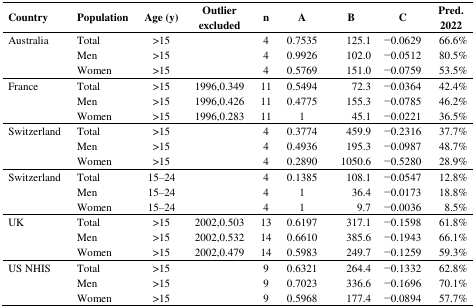
<table><thead><tr><td><b>Country</b></td><td><b>Population</b></td><td><b>Age (y)</b></td><td><b>Outlier excluded</b></td><td><b>n</b></td><td><b>A</b></td><td><b>B</b></td><td><b>C</b></td><td><b>Pred. 2022</b></td></tr></thead><tbody><tr><td rowspan="3">Australia</td><td>Total</td><td>&gt;15</td><td></td><td>4</td><td>0.7535</td><td>125.1</td><td>−0.0629</td><td>66.6%</td></tr><tr><td>Men</td><td>&gt;15</td><td></td><td>4</td><td>0.9926</td><td>102.0</td><td>−0.0512</td><td>80.5%</td></tr><tr><td>Women</td><td>&gt;15</td><td></td><td>4</td><td>0.5769</td><td>151.0</td><td>−0.0759</td><td>53.5%</td></tr><tr><td rowspan="3">France</td><td>Total</td><td>&gt;15</td><td>1996,0.349</td><td>11</td><td>0.5494</td><td>72.3</td><td>−0.0364</td><td>42.4%</td></tr><tr><td>Men</td><td>&gt;15</td><td>1996,0.426</td><td>11</td><td>0.4775</td><td>155.3</td><td>−0.0785</td><td>46.2%</td></tr><tr><td>Women</td><td>&gt;15</td><td>1996,0.283</td><td>11</td><td>1</td><td>45.1</td><td>−0.0221</td><td>36.5%</td></tr><tr><td rowspan="3">Switzerland</td><td>Total</td><td>&gt;15</td><td></td><td>4</td><td>0.3774</td><td>459.9</td><td>−0.2316</td><td>37.7%</td></tr><tr><td>Men</td><td>&gt;15</td><td></td><td>4</td><td>0.4936</td><td>195.3</td><td>−0.0987</td><td>48.7%</td></tr><tr><td>Women</td><td>&gt;15</td><td></td><td>4</td><td>0.2890</td><td>1050.6</td><td>−0.5280</td><td>28.9%</td></tr><tr><td rowspan="3">Switzerland</td><td>Total</td><td>15–24</td><td></td><td>4</td><td>0.1385</td><td>108.1</td><td>−0.0547</td><td>12.8%</td></tr><tr><td>Men</td><td>15–24</td><td></td><td>4</td><td>1</td><td>36.4</td><td>−0.0173</td><td>18.8%</td></tr><tr><td>Women</td><td>15–24</td><td></td><td>4</td><td>1</td><td>9.7</td><td>−0.0036</td><td>8.5%</td></tr><tr><td rowspan="3">UK</td><td>Total</td><td>&gt;15</td><td>2002,0.503</td><td>13</td><td>0.6197</td><td>317.1</td><td>−0.1598</td><td>61.8%</td></tr><tr><td>Men</td><td>&gt;15</td><td>2002,0.532</td><td>14</td><td>0.6610</td><td>385.6</td><td>−0.1943</td><td>66.1%</td></tr><tr><td>Women</td><td>&gt;15</td><td>2002,0.479</td><td>14</td><td>0.5983</td><td>249.7</td><td>−0.1259</td><td>59.3%</td></tr><tr><td rowspan="3">US NHIS</td><td>Total</td><td>&gt;15</td><td></td><td>9</td><td>0.6321</td><td>264.4</td><td>−0.1332</td><td>62.8%</td></tr><tr><td>Men</td><td>&gt;15</td><td></td><td>9</td><td>0.7023</td><td>336.6</td><td>−0.1696</td><td>70.1%</td></tr><tr><td>Women</td><td>&gt;15</td><td></td><td>9</td><td>0.5968</td><td>177.4</td><td>−0.0894</td><td>57.7%</td></tr></tbody></table>